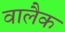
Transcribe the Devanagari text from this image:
वालैक